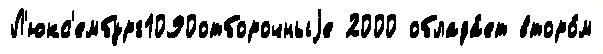
Л'юкс'ембург1090отборочныjе 2000 облада́ет второ́м